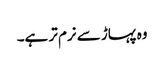
وہ پہاڑ سے نرم تر ہے۔